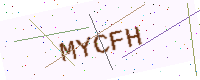
Text: MYCFH